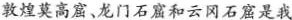
敦煌莫高窟、龙门石窟和云冈石窟是我